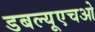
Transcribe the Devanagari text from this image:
डबल्यूएचओ